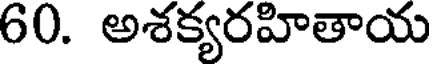
60. అశక్యరహితాయ